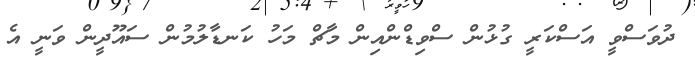
ދުވަސްވީ އަސްކަރީ ގުޅުން ސްވިޑްންއިން މާޗް މަހު ކަނޑާލުމުން ސައޫދީން ވަނީ އެ